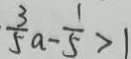
\frac { 3 } { 5 } a - \frac { 1 } { 5 } > 1